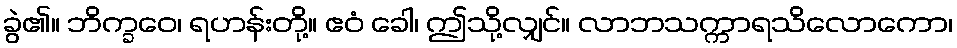
ခွဲ၏။ ဘိက္ခဝေ၊ ရဟန်းတို့။ ဧဝံ ခေါ၊ ဤသို့လျှင်။ လာဘသက္ကာရသိလောကော၊